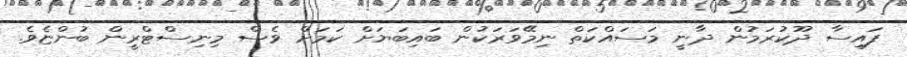
ފައިސާ ދޫކުރަމުން ދާނީ މަސައްކަތް ނިމޭވަރަކުން ބައިބަޔަށް ކަމަށް ވެސް މިނިސްޓްރީން ބުންޏެވެ.